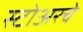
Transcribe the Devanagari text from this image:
स्टोअरचे